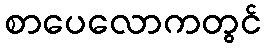
စာပေလောကတွင်